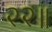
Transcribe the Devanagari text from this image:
२२॥